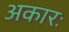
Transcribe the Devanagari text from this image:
अकारः